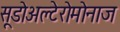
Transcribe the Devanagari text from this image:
सूडोअल्टेरोमोनाज